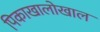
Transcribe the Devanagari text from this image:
पिकाखालोखाल